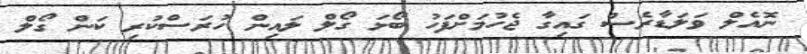
ނޮއެލް ވަލަޑާރެސް ގައިގާ ޖެހުމަށްފަހު ބޯޅަ ގޯލް ލައިން ހުރަސްކުރި ކަން ގޯލް